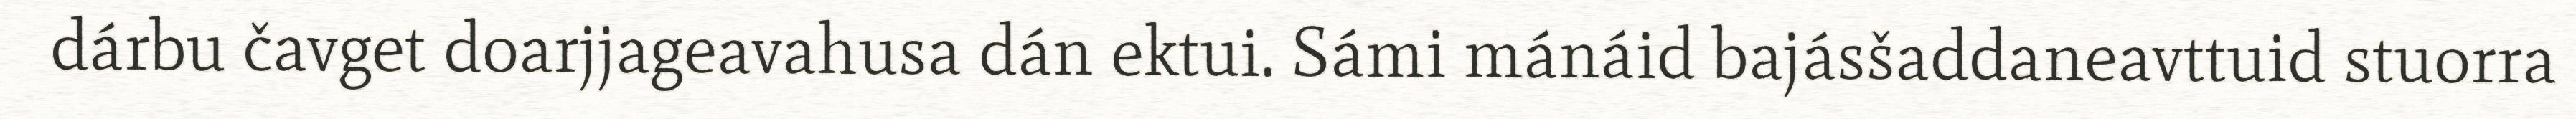
dárbu čavget doarjjageavahusa dán ektui. Sámi mánáid bajásšaddaneavttuid stuorra